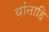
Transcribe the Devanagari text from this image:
यांनाहि